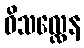
ဝိသလ္လေန